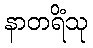
နာတရိံသု